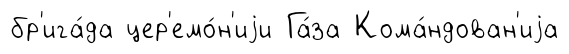
бр'ига́да цер'емо́н'иjи Га́за Кома́ндован'иjа